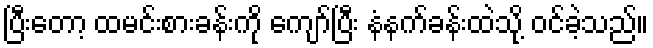
ပြီးတော့ ထမင်းစားခန်းကို ကျော်ပြီး နံနက်ခန်းထဲသို့ ဝင်ခဲ့သည်။